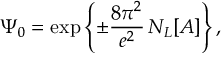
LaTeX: \Psi _ { 0 } = \exp \left\{ \pm \frac { 8 \pi ^ { 2 } } { e ^ { 2 } } \, N _ { L } [ A ] \right\} ,